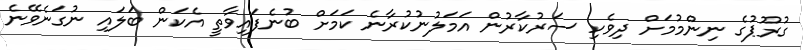
ގުރޫޕުގެ ނިންމުމަށް ދިވެހި ސަރުކާރުން އަމަލުނުކުރާނެ ކަމަށް ބުނެފައިވާތީ އެކަން ބަލައި ނުގަނެވޭނެ